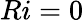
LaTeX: Ri=0